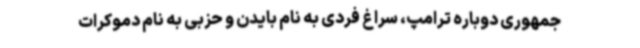
جمهوری دوباره ترامپ، سراغ فردی به نام بایدن و حزبی به نام دموکرات